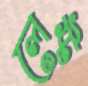
লেস্ট